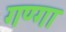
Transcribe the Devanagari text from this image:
गण्गा